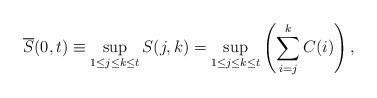
LaTeX: \begin{align*}\overline{S}(0,t) \equiv \sup_{{1}\le{j}\le{k}\le{t}}S(j,k) = \sup_{{1}\le{j}\le{k}\le{t}}\left(\sum\limits_{i=j}\limits^{k}{C(i)}\right),\end{align*}